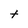
Character: t